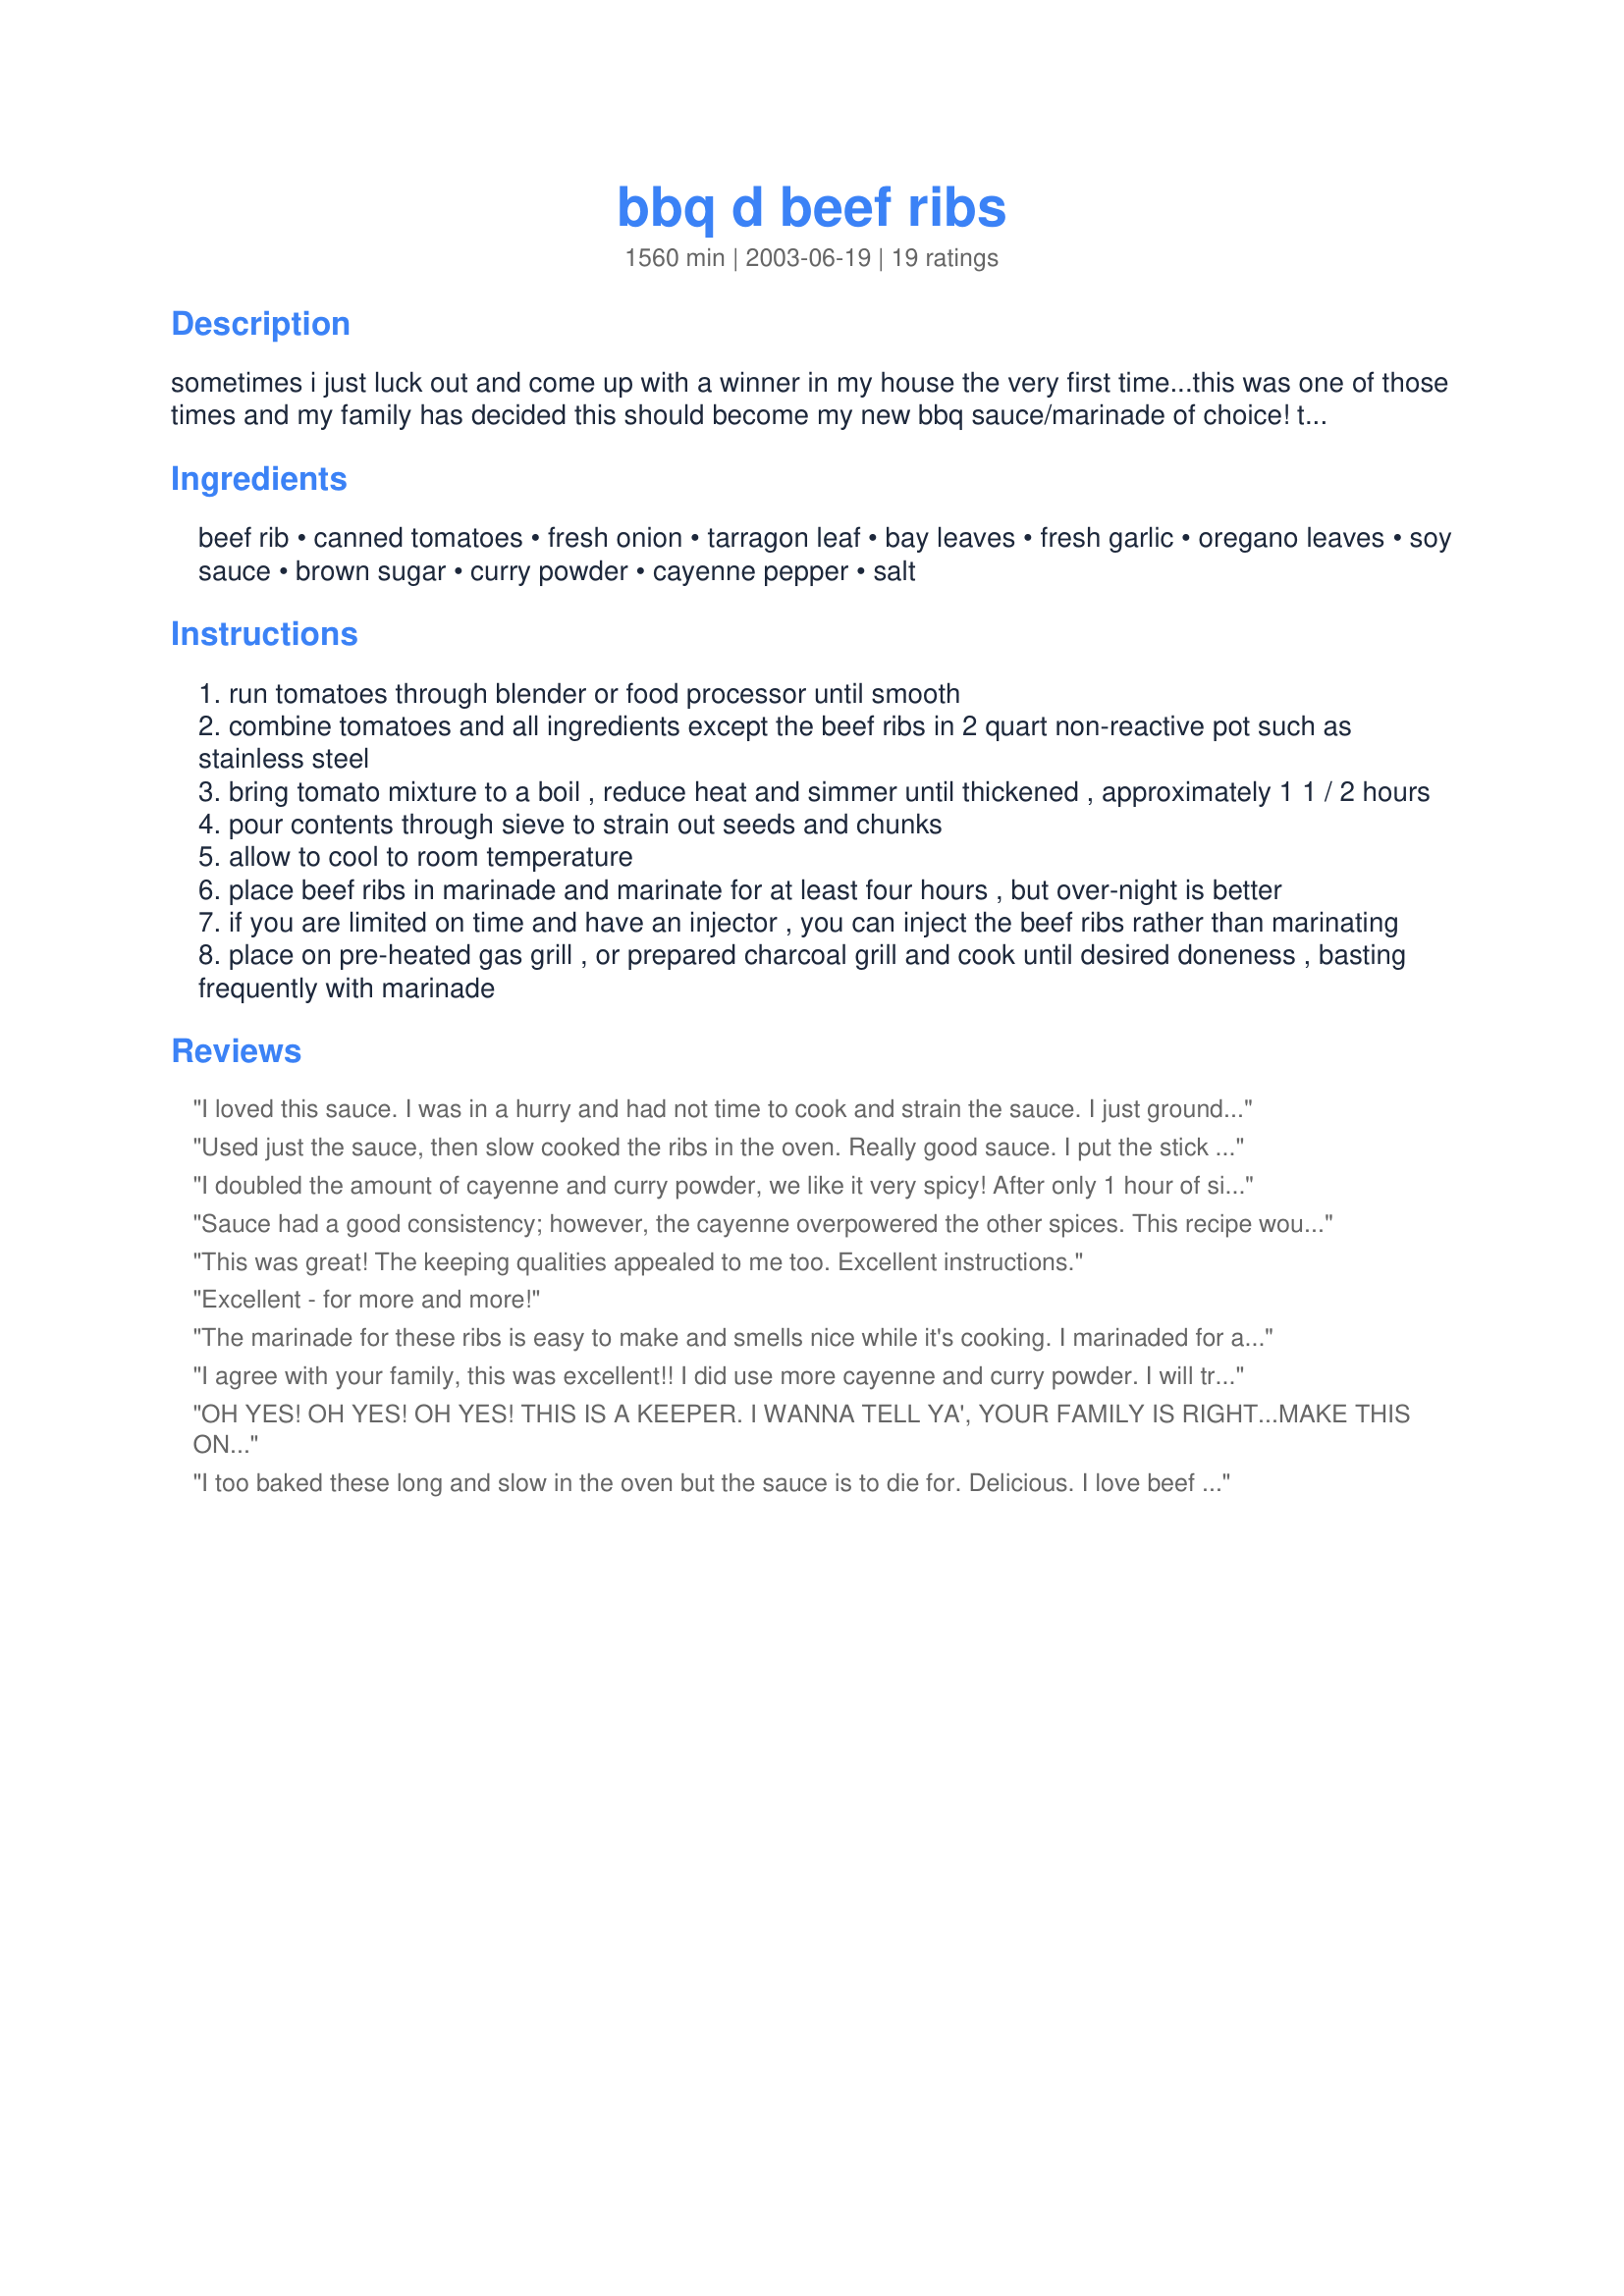
bbq d beef ribs
Preparation time: 1560 minutes

sometimes i just luck out and come up with a winner in my house the very first time...this was one of those times and my family has decided this should become my new bbq sauce/marinade of choice! thank goodness i wrote down the ingredients as i went!!! prep time includes marinating for up to 24 hours. this freezes well and will do up to three pounds of beef ribs, so feel free to make plenty up for those cookouts this summer. it should also keep for 2 or 3 days refrigerated (remember there are no additives or preservatives).

Ingredients:
beef rib, canned tomatoes, fresh onion, tarragon leaf, bay leaves, fresh garlic, oregano leaves, soy sauce, brown sugar, curry powder, cayenne pepper, salt

Steps:
run tomatoes through blender or food processor until smooth
combine tomatoes and all ingredients except the beef ribs in 2 quart non-reactive pot such as stainless steel
bring tomato mixture to a boil , reduce heat and simmer until thickened , approximately 1 1 / 2 hours
pour contents through sieve to strain out seeds and chunks
allow to cool to room temperature
place beef ribs in marinade and marinate for at least four hours , but over-night is better
if you are limited on time and have an injector , you can inject the beef ribs rather than marinating
place on pre-heated gas grill , or prepared charcoal grill and cook until desired doneness , basting frequently with marinade

Reviews:
I loved this sauce. I was in a hurry and had not time to cook and strain the sauce. I just ground all of the ingredients in a blender, poured on top of the ribs, and covered tightly with foil. About 7 hours later (300 degree oven) I had WONDERFUL ribs! I used teriaki sauce because I didn't have any soy sauce, and red pepper flakes in place of the cayenne. It is a real winner! Thanks!
Used just the sauce, then slow cooked the ribs in the oven. Really good sauce. I put the stick blender in it when it was finally cooked down and whizzed it up smooth. Will make again for chicken too.
I doubled the amount of cayenne and curry powder, we like it very spicy! After only 1 hour of simmering, mine was already too thick. I ended up using it as a pasta sauce and refrigerated the rest and used it as a dip/relish! My husband loved it!
Sauce had a good consistency; however, the cayenne overpowered the other spices. This recipe would not be for the timid at heart, as it really has a kick (but perhaps my cayenne powder was hotter than most). Good but not exceptional blend of flavors. Perhaps more brown sugar would help the balance?
This was great! The keeping qualities appealed to me too. Excellent instructions.
Excellent - for more and more!
The marinade for these ribs is easy to make and smells nice while it's cooking. I marinaded for about 5 hours before we grilled them. Tasty ribs with a bit of bite.
I agree with your family, this was excellent!! I did use more cayenne and curry powder. I will try this on pork as well, I am almost sure it will be great!
OH YES! OH YES! OH YES! THIS IS A KEEPER. I WANNA TELL YA', YOUR FAMILY IS RIGHT...MAKE THIS ONE YOUR BBQ SAUCE/MARINADE OF CHOICE. I have added this one to my faves, and filed it under "My Faves" (what else?)
Two, 28 oz cans of GROUND PLUM TOMATOES measures 6 cups in volume. So I used two full tins of ground plum tomatoes, your seasonings, increased the ingredient quantities and onion by one-half because of the addition of two cups' tomato. (In this case, more is better - YUM).

At the end of July, I am hosting an "in-law" Bar-B-Que and your recipe will be the BBQ Sauce/Marinade of choice for the 15 lb. beef tenderloin. At the end of August my niece is being married and I have been asked to cook the wedding BBQ. Your recipe will once again be the BBQ Sauce/Marinade of choice for the hip of beef. On September 20, there will be a birthday BBQ for 50 people at a friend's home; I have been asked to cook, and yes, your BBQ Sauce/Marinade will flavour 25 lbs chicken wings.

On the Minus Side: It got used up too quickly.

On the Plus Side: Seasonings are so easily adjusted to taste, and quantity. The melding of flavours is perfect. It is a recipe of simple preparation, and freezing for future use is exactly what I require. You get ten out of ten for sharing your talent, and happily 5-stars for the review.
I too baked these long and slow in the oven but the sauce is to die for. Delicious. I love beef ribs, they are the true comfort food. I will be making these again real soon.....yummy. Thank you for this terrific recipe....Stephanie
very good
Good recipe. Some ingredients might be hard to find in some areas. Also I would use a PINCH of cayenne pepper. Hot sauce can always be served at the table and added individually.
This is the BEST! I don't usually like bbq sauce, and no homemade one has been much more impressive than any other, until now. I used beef ribs, but I think it would be great on chicken and pork, too. It makes bbq interesting and delicious. I did not have the right tomato on hand and had to use some tomato paste for some of the tomato and added water. I cooked for longer than stated and then used an immersion blender rather than strain the sauce. The smell alone made my mouth water. I may have gone heavy on the herbs and spices, but going according to taste is what cooking is all about! Thank you so much. I am going to save this recipe in as many places as possible, because if I lose it, I may have to cry.
Eeeeeeewwwwww curry :( Unfortunately cannot stand anything with curry in it. The rest of this recipe looks very good.
Definitely a winner! Other than fresh garlic, I had to use dry stuff - but at least I had all the ingredients in my pantry. I doubled the amount of curry and stuck with 1 tsp cayenne as hubby can't take the heat. The result was a delicious blending od flavours that was enjoyed by everyone. My thanx to Toolie for personally recommending this to me & Cindy Lynn for posting!
Good spicy barbecue sauce that was great on the boneless ribs. I think this sauce would also work well on pork chops.
This is EXCELLENT!!! We were almost fighting over the last bites. I will be making this sauce again & again this summer to use on everything.
Absolutely delicious. Easy to make with readily available ingredients. Well worth planning to marinate overnight. My personal number one choice for the contest!
Great recipe - I made the whole sauce recipe and then separated it into 4 containers for future use. Yesterday I marinated chicken breasts in it for 5 hours then BBQ'd them - excellent flavor . To day I am putting pork in the crockpot with another portion of the sauce. I will freeze the other two - I think you should bottle this sauce and sell it It is not just good on Beef Ribs but I'll bet it would work on almost everything - It's a winner Cindy Lynn Thanks for being so creative.
